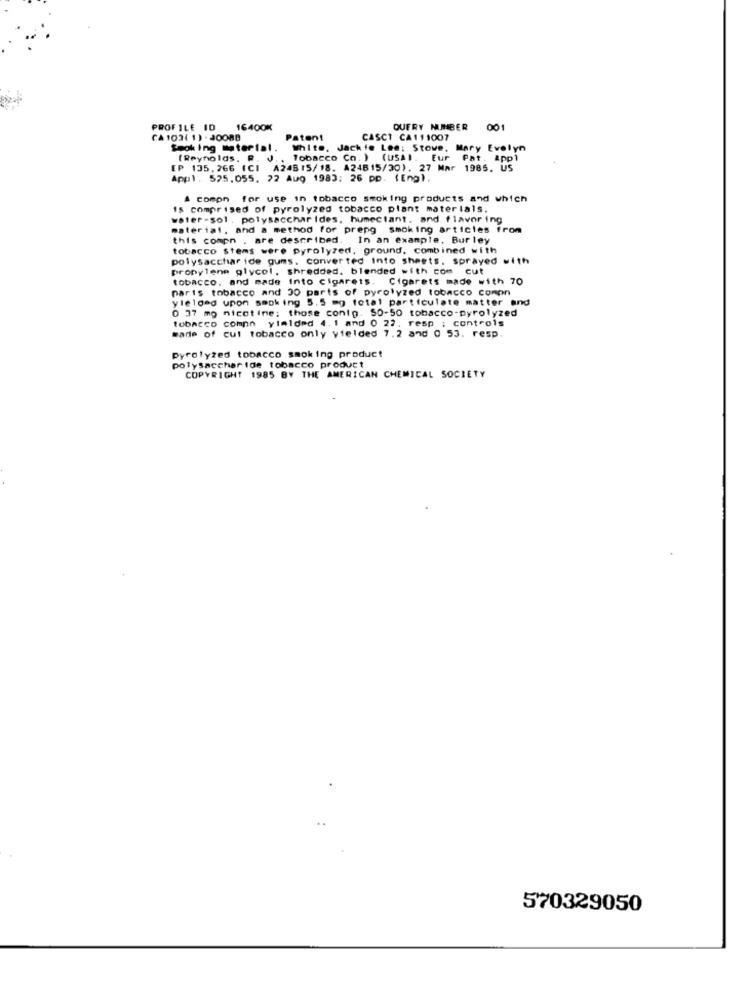
PROFILE ID
16400%
QUERY NUMBER 001
001
CA 103( 1) - 20088
Patent
CASCT CA 111007
Smoking material.
White, Jackie Les: Stowe, Mary Evelyn
(Reynolds. R. J
(Reynolds. R. J. , Tobacco Co. ) (USA). Eur Pat. App1
EP 135. 266 (CI A24815/18. A24615/30). 27 Mar 1985. US
Appl. 525.055. 22 Aug 1983: 26 pp. ( Eng).
A compn for use in tobacco smoking products and which
is comprised of pyrolyzed tobacco plant materials.
water-sol , polysacchar ides, humectant. and flavoring
material, and a method for prepg smoking articles from
this compn . are described. In an example, Bur ley
tobacco stems were pyrolyzed, ground, combined with
polysaccharide gums. converted Into sheets. sprayed with
propylene glycol, shredded. blended with com cut
tobacco, and made into cigarets. Cigarets made with 70
paris tobacco and 30 parts of pyrolyzed tobacco comon
yielded upon smoking 5.5 mg total particulate matter and
0 37 mo nicotine: those conto. 50-50 tobacco-pyrolyzed
tobacco comnn yimided 4.1 and 0 22, resp : controls
wade of cut tobacco only yielded 7.2 and 0 53. resp.
pyrolyzed tobacco smoking product
polysacchar ide tobacco product
COPYRIGHT 1985 BY THE AMERICAN CHEMICAL SOCIETY
570329050